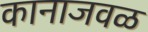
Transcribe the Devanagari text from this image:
कानाजवळ